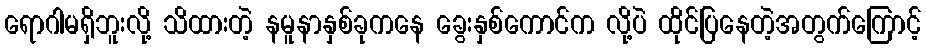
ရောဂါမရှိဘူးလို့ သိထားတဲ့ နမူနာနှစ်ခုကနေ ခွေးနှစ်ကောင်က လို့ပဲ ထိုင်ပြနေတဲ့အတွက်ကြောင့်